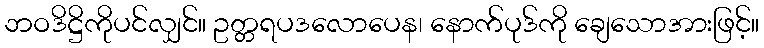
ဘဝဒိဋ္ဌိကိုပင်လျှင်။ ဥတ္တရပဒလောပေန၊ နောက်ပုဒ်ကို ချေသောအားဖြင့်။